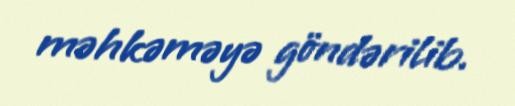
məhkəməyə göndərilib.